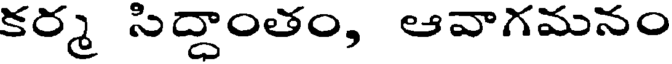
కర్మ సిద్ధాంతం, ఆవాగమనం